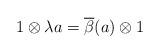
LaTeX: \begin{align*}1\otimes \lambda a = \overline{\beta}(a)\otimes 1\end{align*}